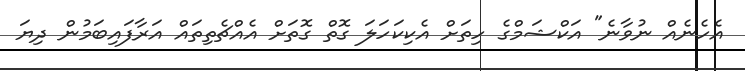
އެހެނެއް ނުވާނެ" އަކްޝަމްގެ ހިތަށް އެކިކަހަލަ ގޮތް ގޮތަށް އެއްޗެތިތައް އަރާފައިބަމުން ދިޔަ